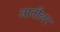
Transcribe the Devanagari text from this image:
आतीलर